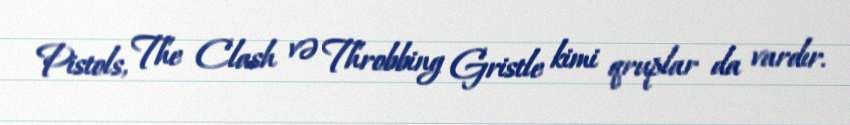
Pistols, The Clash və Throbbing Gristle kimi qruplar da vardır.